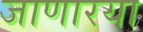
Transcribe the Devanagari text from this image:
जाणारया